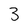
Character: 3